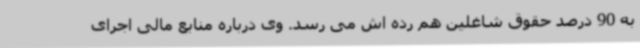
به 90 درصد حقوق شاغلین هم رده اش می رسد. وی درباره منابع مالی اجرای